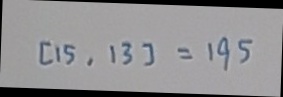
[ 1 5 , 1 3 ] = 1 9 5